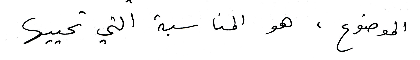
الموضوع ، هو المناسبة التي تحييها